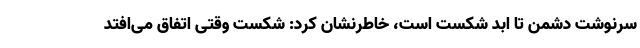
سرنوشت دشمن تا ابد شکست است، خاطرنشان کرد: شکست وقتی اتفاق می‌افتد